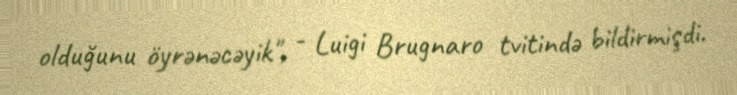
olduğunu öyrənəcəyik", - Luigi Brugnaro tvitində bildirmişdi.